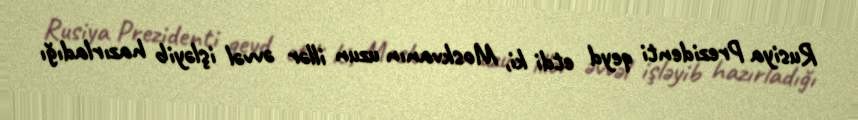
Rusiya Prezidenti qeyd etdi ki, Moskvanın uzun illər əvvəl işləyib hazırladığı